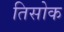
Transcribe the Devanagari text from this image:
तिसोक